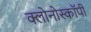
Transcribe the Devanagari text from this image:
क्लोनोस्कॉपी